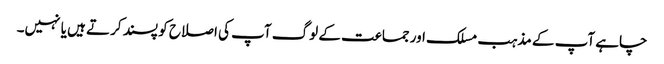
چاہے آپ کے مذہب مسلک اور جماعت کے لوگ آپ کی اصلاح کو پسند کرتے ہیں یا نہیں۔